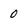
Character: 0